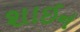
શાઈન